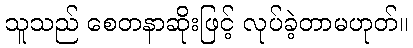
သူသည် စေတနာဆိုးဖြင့် လုပ်ခဲ့တာမဟုတ်။